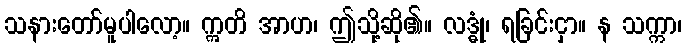
သနားတော်မူပါလော့။ ဣတိ အာဟ၊ ဤသို့ဆို၏။ လဒ္ဓုံ၊ ရခြင်းငှာ။ န သက္ကာ၊